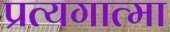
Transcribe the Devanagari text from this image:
प्रत्यगात्मा